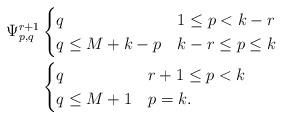
LaTeX: \begin{align*}\Psi^{r+1}_{p,q} & \begin{cases}q & 1\leq p<k-r\\q\leq M+k-p & k-r\leq p\leq k\end{cases}\\&\begin{cases}q & r+1\leq p<k\\q\leq M+1 & p=k.\end{cases}\end{align*}